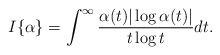
LaTeX: \begin{align*}I\{\alpha\}={\displaystyle \int^{\infty}\frac{\alpha(t) |\log \alpha(t)|}{t\log t}dt} .\end{align*}